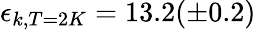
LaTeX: \epsilon_{k,T=2K}=13.2(\pm 0.2)